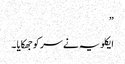
”
ایکلویہ نے سر کو جھکایا ۔